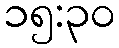
၁၅:၃၀